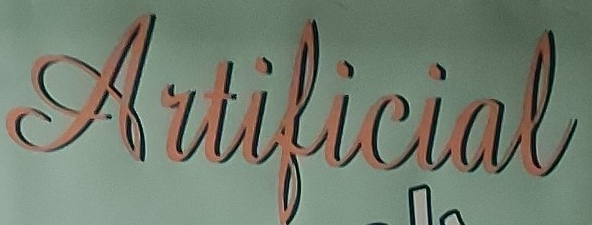
Artificial